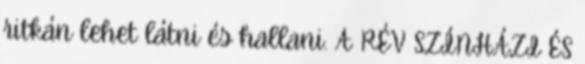
ritkán lehet látni és hallani. A RÉV SZÍNHÁZI ÉS